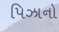
પિઝાનો